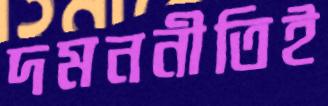
দমননীতিই